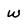
Character: W